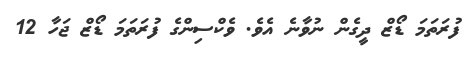
ފުރަތަމަ ޑޯޒް ދީގެން ނުވާނެ އެވެ. ވެކްްސިންގެ ފުރަތަމަ ޑޯޒް ޖަހާ 12